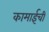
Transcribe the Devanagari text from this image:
कामाईची